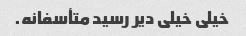
خیلی خیلی دیر رسید متأسفانه.